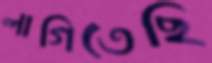
লাগিতেছি